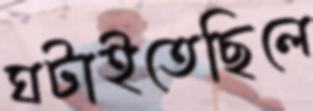
ঘটাইতেছিলে